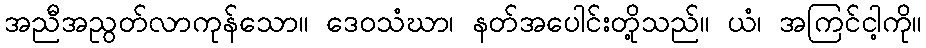
အညီအညွတ်လာကုန်သော။ ဒေဝသံဃာ၊ နတ်အပေါင်းတို့သည်။ ယံ၊ အကြင်ငါ့ကို။